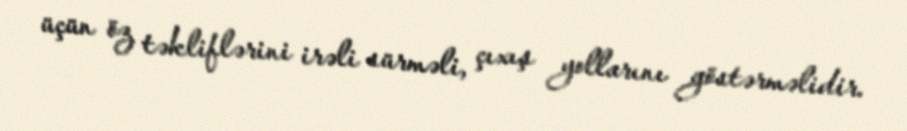
üçün öz təkliflərini irəli sürməli, çıxış yollarını göstərməlidir.